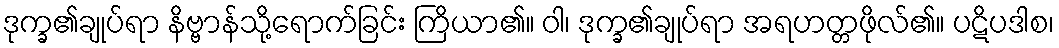
ဒုက္ခ၏ချုပ်ရာ နိဗ္ဗာန်သို့ရောက်ခြင်း ကြိယာ၏။ ဝါ၊ ဒုက္ခ၏ချုပ်ရာ အရဟတ္တဖိုလ်၏။ ပဋိပဒါစ၊